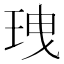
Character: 𤤺